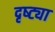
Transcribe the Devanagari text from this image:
दृष्‍ट्या